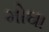
મોઘા